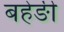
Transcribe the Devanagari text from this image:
बहेङी